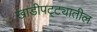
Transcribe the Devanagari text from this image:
खाडीपट्ट्यातील